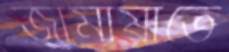
জামায়াতে